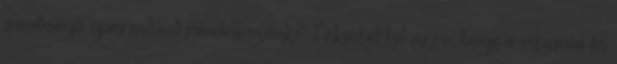
minőségű spermával rendelkezünk? Tekintettel arra, hogy a vitamin és